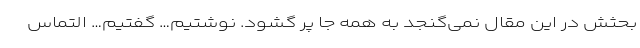
بحثش در این مقال نمی‌گنجد به همه جا پر گشود. نوشتیم… گفتیم… التماس